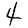
Digit: 4